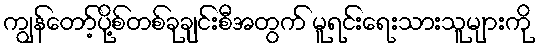
ကျွန်တော့်ပို့စ်တစ်ခုချင်းစီအတွက် မူရင်းရေးသားသူများကို